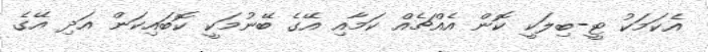
އެކަމަކު ޓީ-ބިލަކީ ކޮން އެއްޗެއް ކަމާއި އޭގެ ބޭނުމަކީ ކޮބައިކަން އަދި އޭގެ